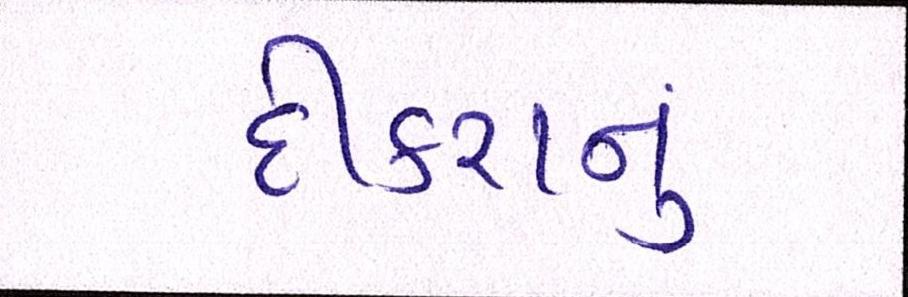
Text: દીકરાનું